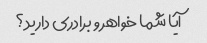
آیا شما خواهر و برادری دارید؟